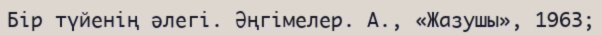
Бір түйенің әлегі. Әңгімелер. А., «Жазушы», 1963;